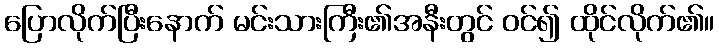
ပြောလိုက်ပြီးနောက် မင်းသားကြီး၏အနီးတွင် ဝင်၍ ထိုင်လိုက်၏။